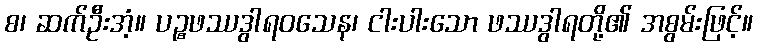
စ၊ ဆက်ဦးအံ့။ ပဉ္စဖဿဒွါရဝသေန၊ ငါးပါးသော ဖဿဒွါရတို့၏ အစွမ်းဖြင့်။